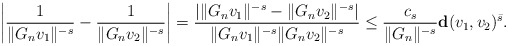
\begin{align*} \left| \frac{1}{\|G_n v_1\|^{-s}} - \frac{1}{\|G_n v_2\|^{-s}} \right| = \frac{ \left| \|G_n v_1\|^{-s} - \|G_n v_2\|^{-s} \right| }{ \|G_n v_1\|^{-s} \|G_n v_2\|^{-s} }\leq \frac{c_s}{ \|G_n\|^{-s} } \mathbf{d}(v_1, v_2)^{\bar{s}}. \end{align*}